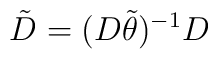
\tilde D = (D\tilde\theta)^{-1}D